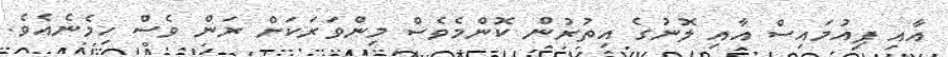
އާއި ޕިއުމައިސް އާއި ލޮނުގެ އިތުރުން ކޮންމެވެސް މިންވަރަކަށް ރަން ވެސް ހިމެނެއެވެ.